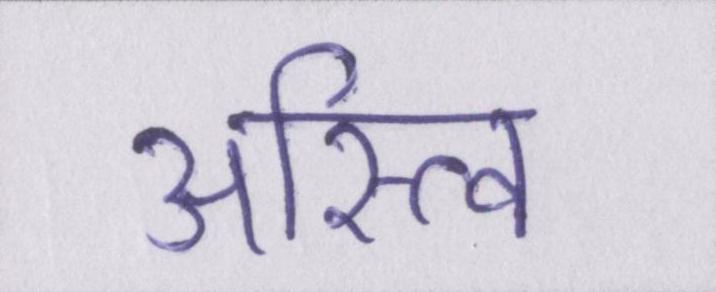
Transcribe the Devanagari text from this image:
अस्त्वि